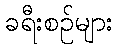
ခရီးစဉ်များ